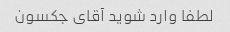
لطفا وارد شوید آقای جکسون